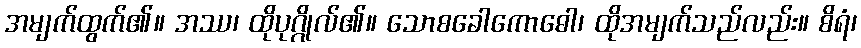
အမျက်ထွက်၏။ အဿ၊ ထိုပုဂ္ဂိုလ်၏။ သောစခေါကောဓေါ၊ ထိုအမျက်သည်လည်း။ စိရံ၊